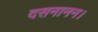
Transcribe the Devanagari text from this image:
दसनानन।